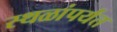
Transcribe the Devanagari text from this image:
स्थळांपर्यंत